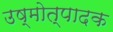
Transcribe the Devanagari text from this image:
उष्मोत्पादक